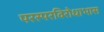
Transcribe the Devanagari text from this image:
परस्परविरोधाभास